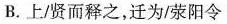
B.上/贤而释之，迁为/荥阳令